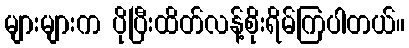
များများက ပိုပြီးထိတ်လန့်စိုးရိမ်ကြပါတယ်။